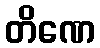
တိဏေ